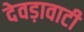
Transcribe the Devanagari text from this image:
देवड़ावाटी